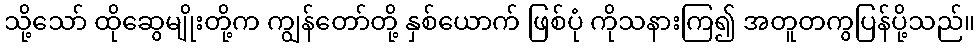
သို့သော် ထိုဆွေမျိုးတို့က ကျွန်တော်တို့ နှစ်ယောက် ဖြစ်ပုံ ကိုသနားကြ၍ အတူတကွပြန်ပို့သည်။